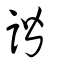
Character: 諧